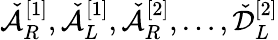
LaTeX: \check{\mathcal{A}}_{R}^{[1]},\check{\mathcal{A}}_{L}^{[1]},\check{\mathcal{A}}_{R}^{[2]},\dots,\check{\mathcal{D}}_{L}^{[2]}